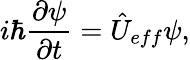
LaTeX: i\hbar\frac{\partial\psi}{\partial t}=\hat{U}_{eff}\psi,